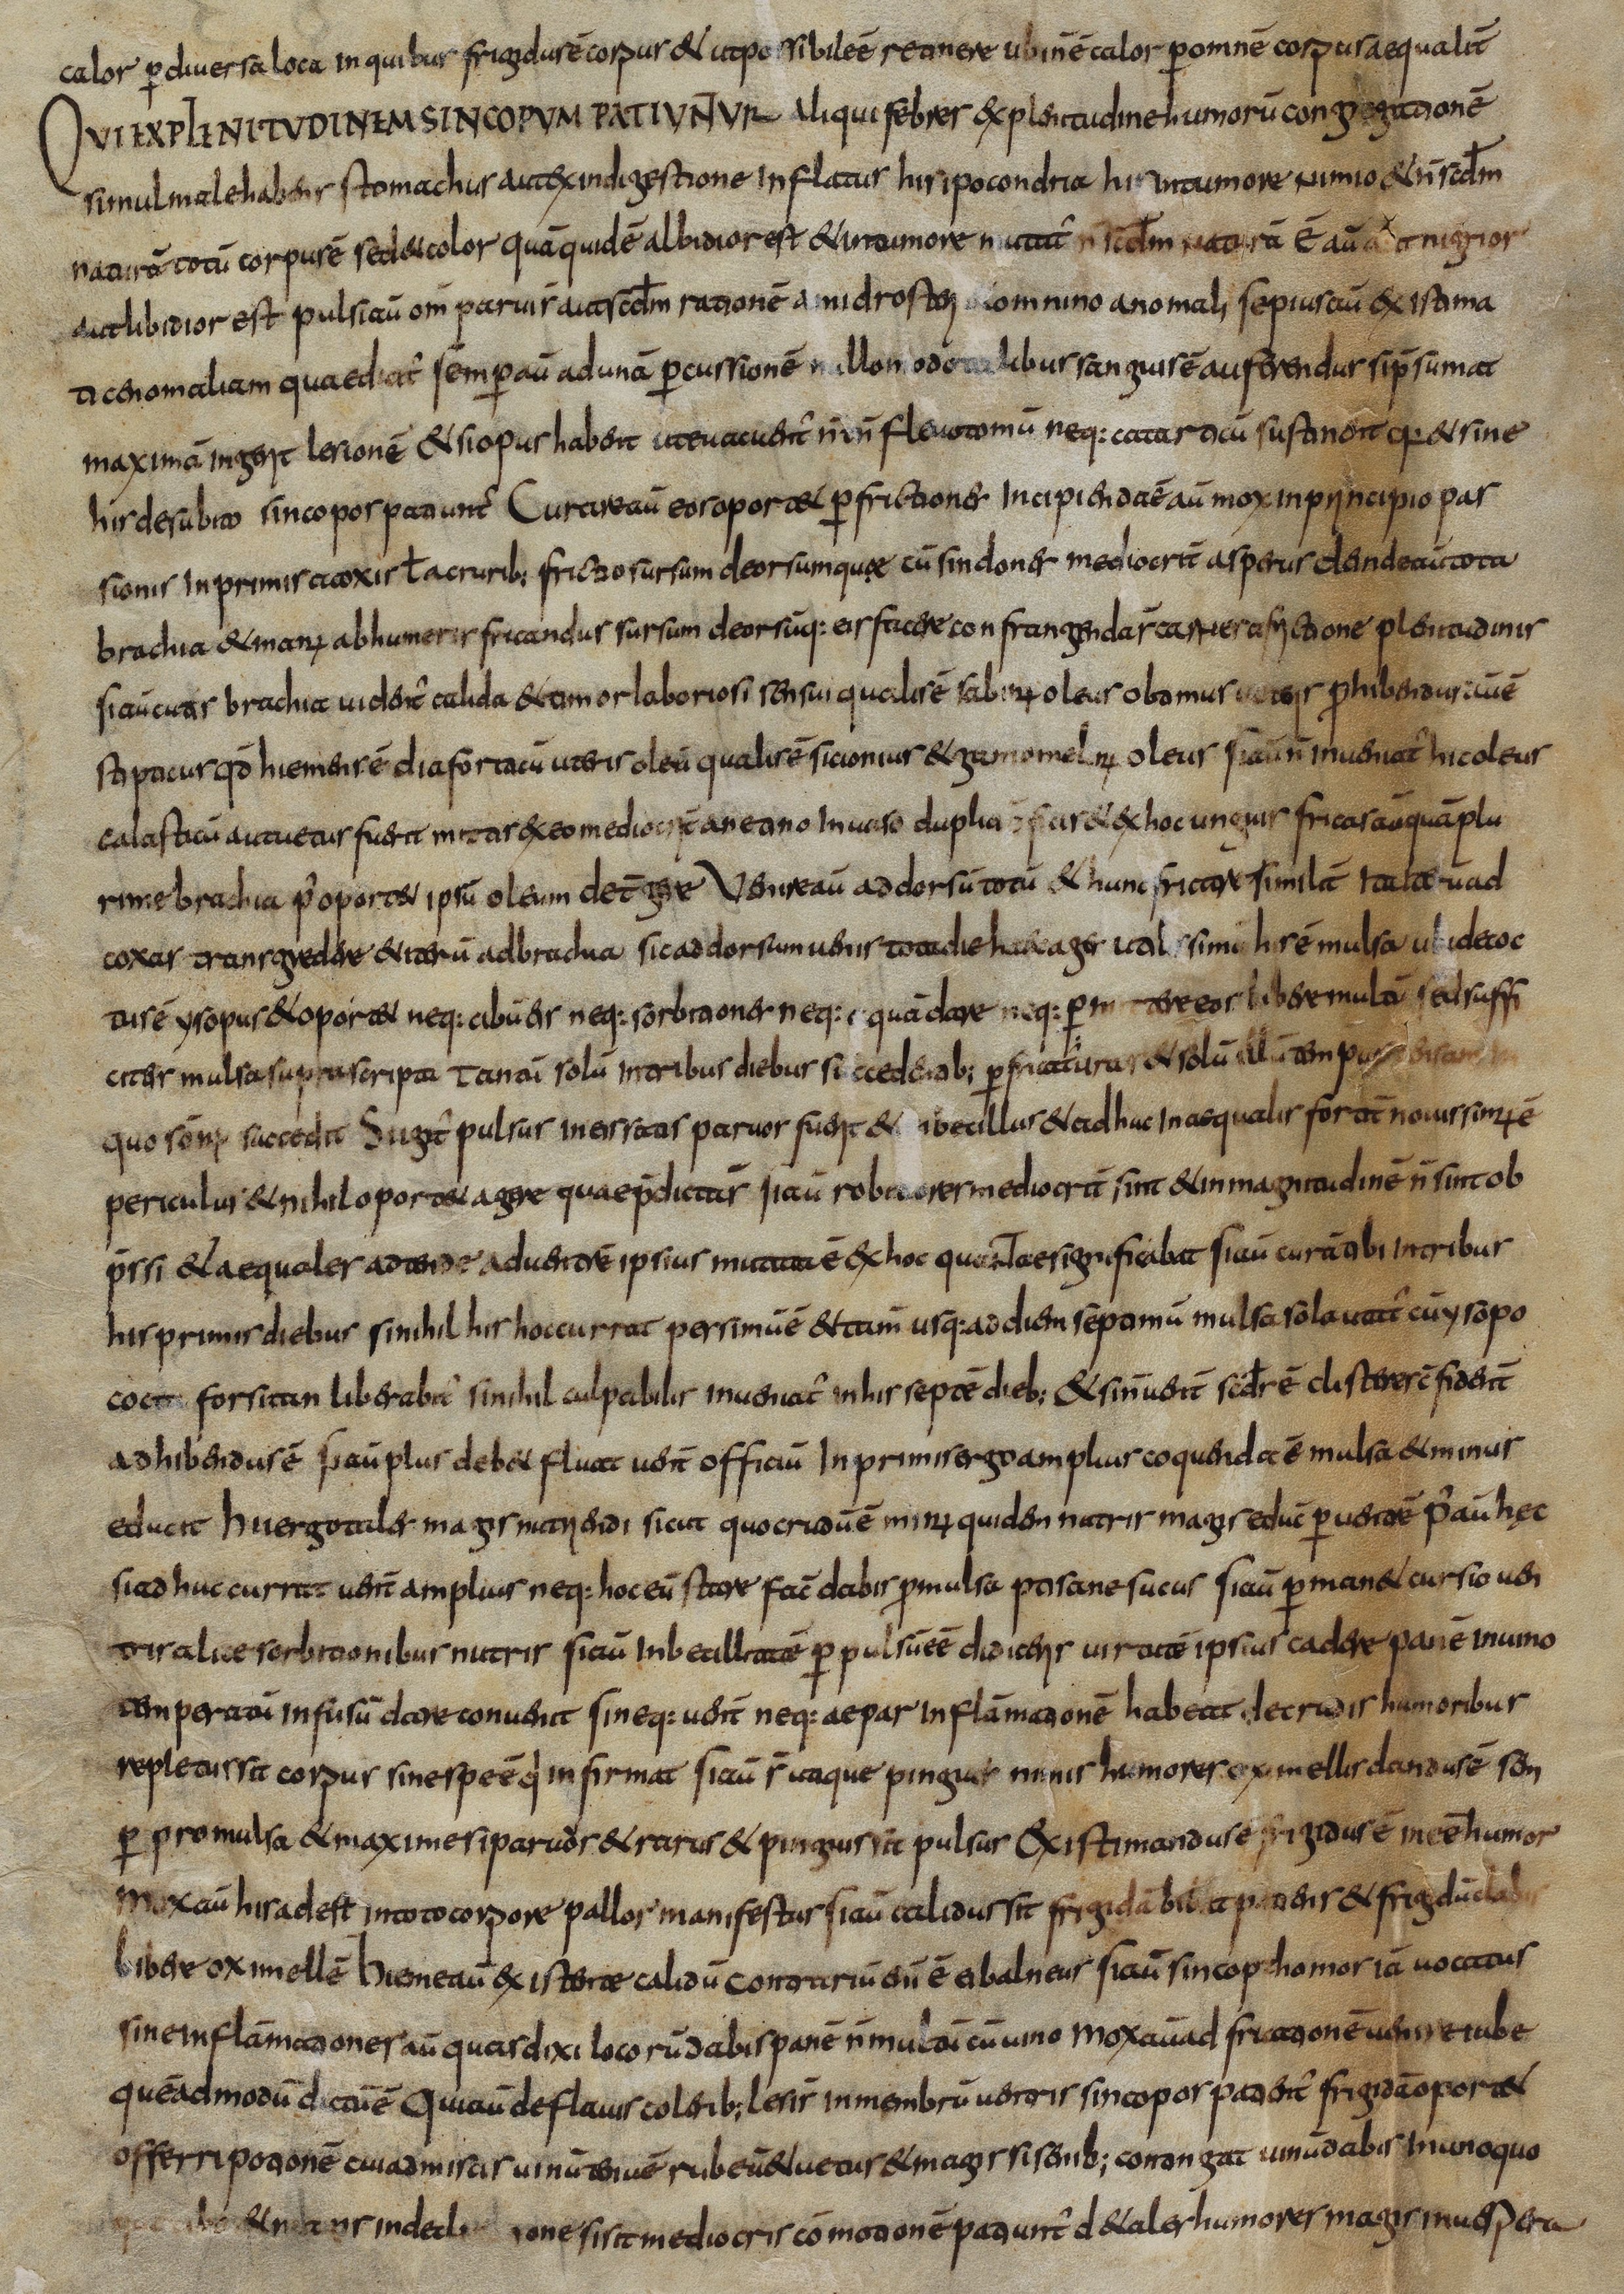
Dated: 800–830